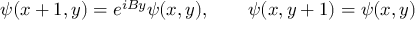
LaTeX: \psi ( x + 1 , y ) = e ^ { i B y } \psi ( x , y ) , \qquad \psi ( x , y + 1 ) = \psi ( x , y )